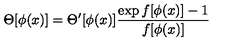
\Theta [ \phi ( x ) ] = \Theta ^ { \prime } [ \phi ( x ) ] \frac { \exp f [ \phi ( x ) ] - 1 } { f [ \phi ( x ) ] }